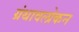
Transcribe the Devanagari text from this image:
ग्रंथावलोकन